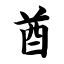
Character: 酋